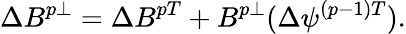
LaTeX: \Delta B^{p\perp}=\Delta B^{pT}+B^{p\perp}(\Delta\psi^{(p-1)T}).